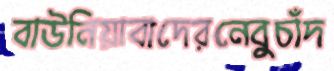
বাউনিয়াবাদেরনেবুচাঁদ